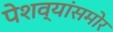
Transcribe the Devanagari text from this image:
पेशव्यांसमोर